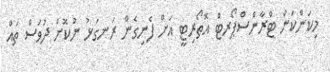
މިކަންކަން ޓްރާންސްޕޯރޓް އޮތޯރިޓީ އަށް ފެނިގެން ރަނގަޅު ނުކޮށް ދުވަސް ތައް